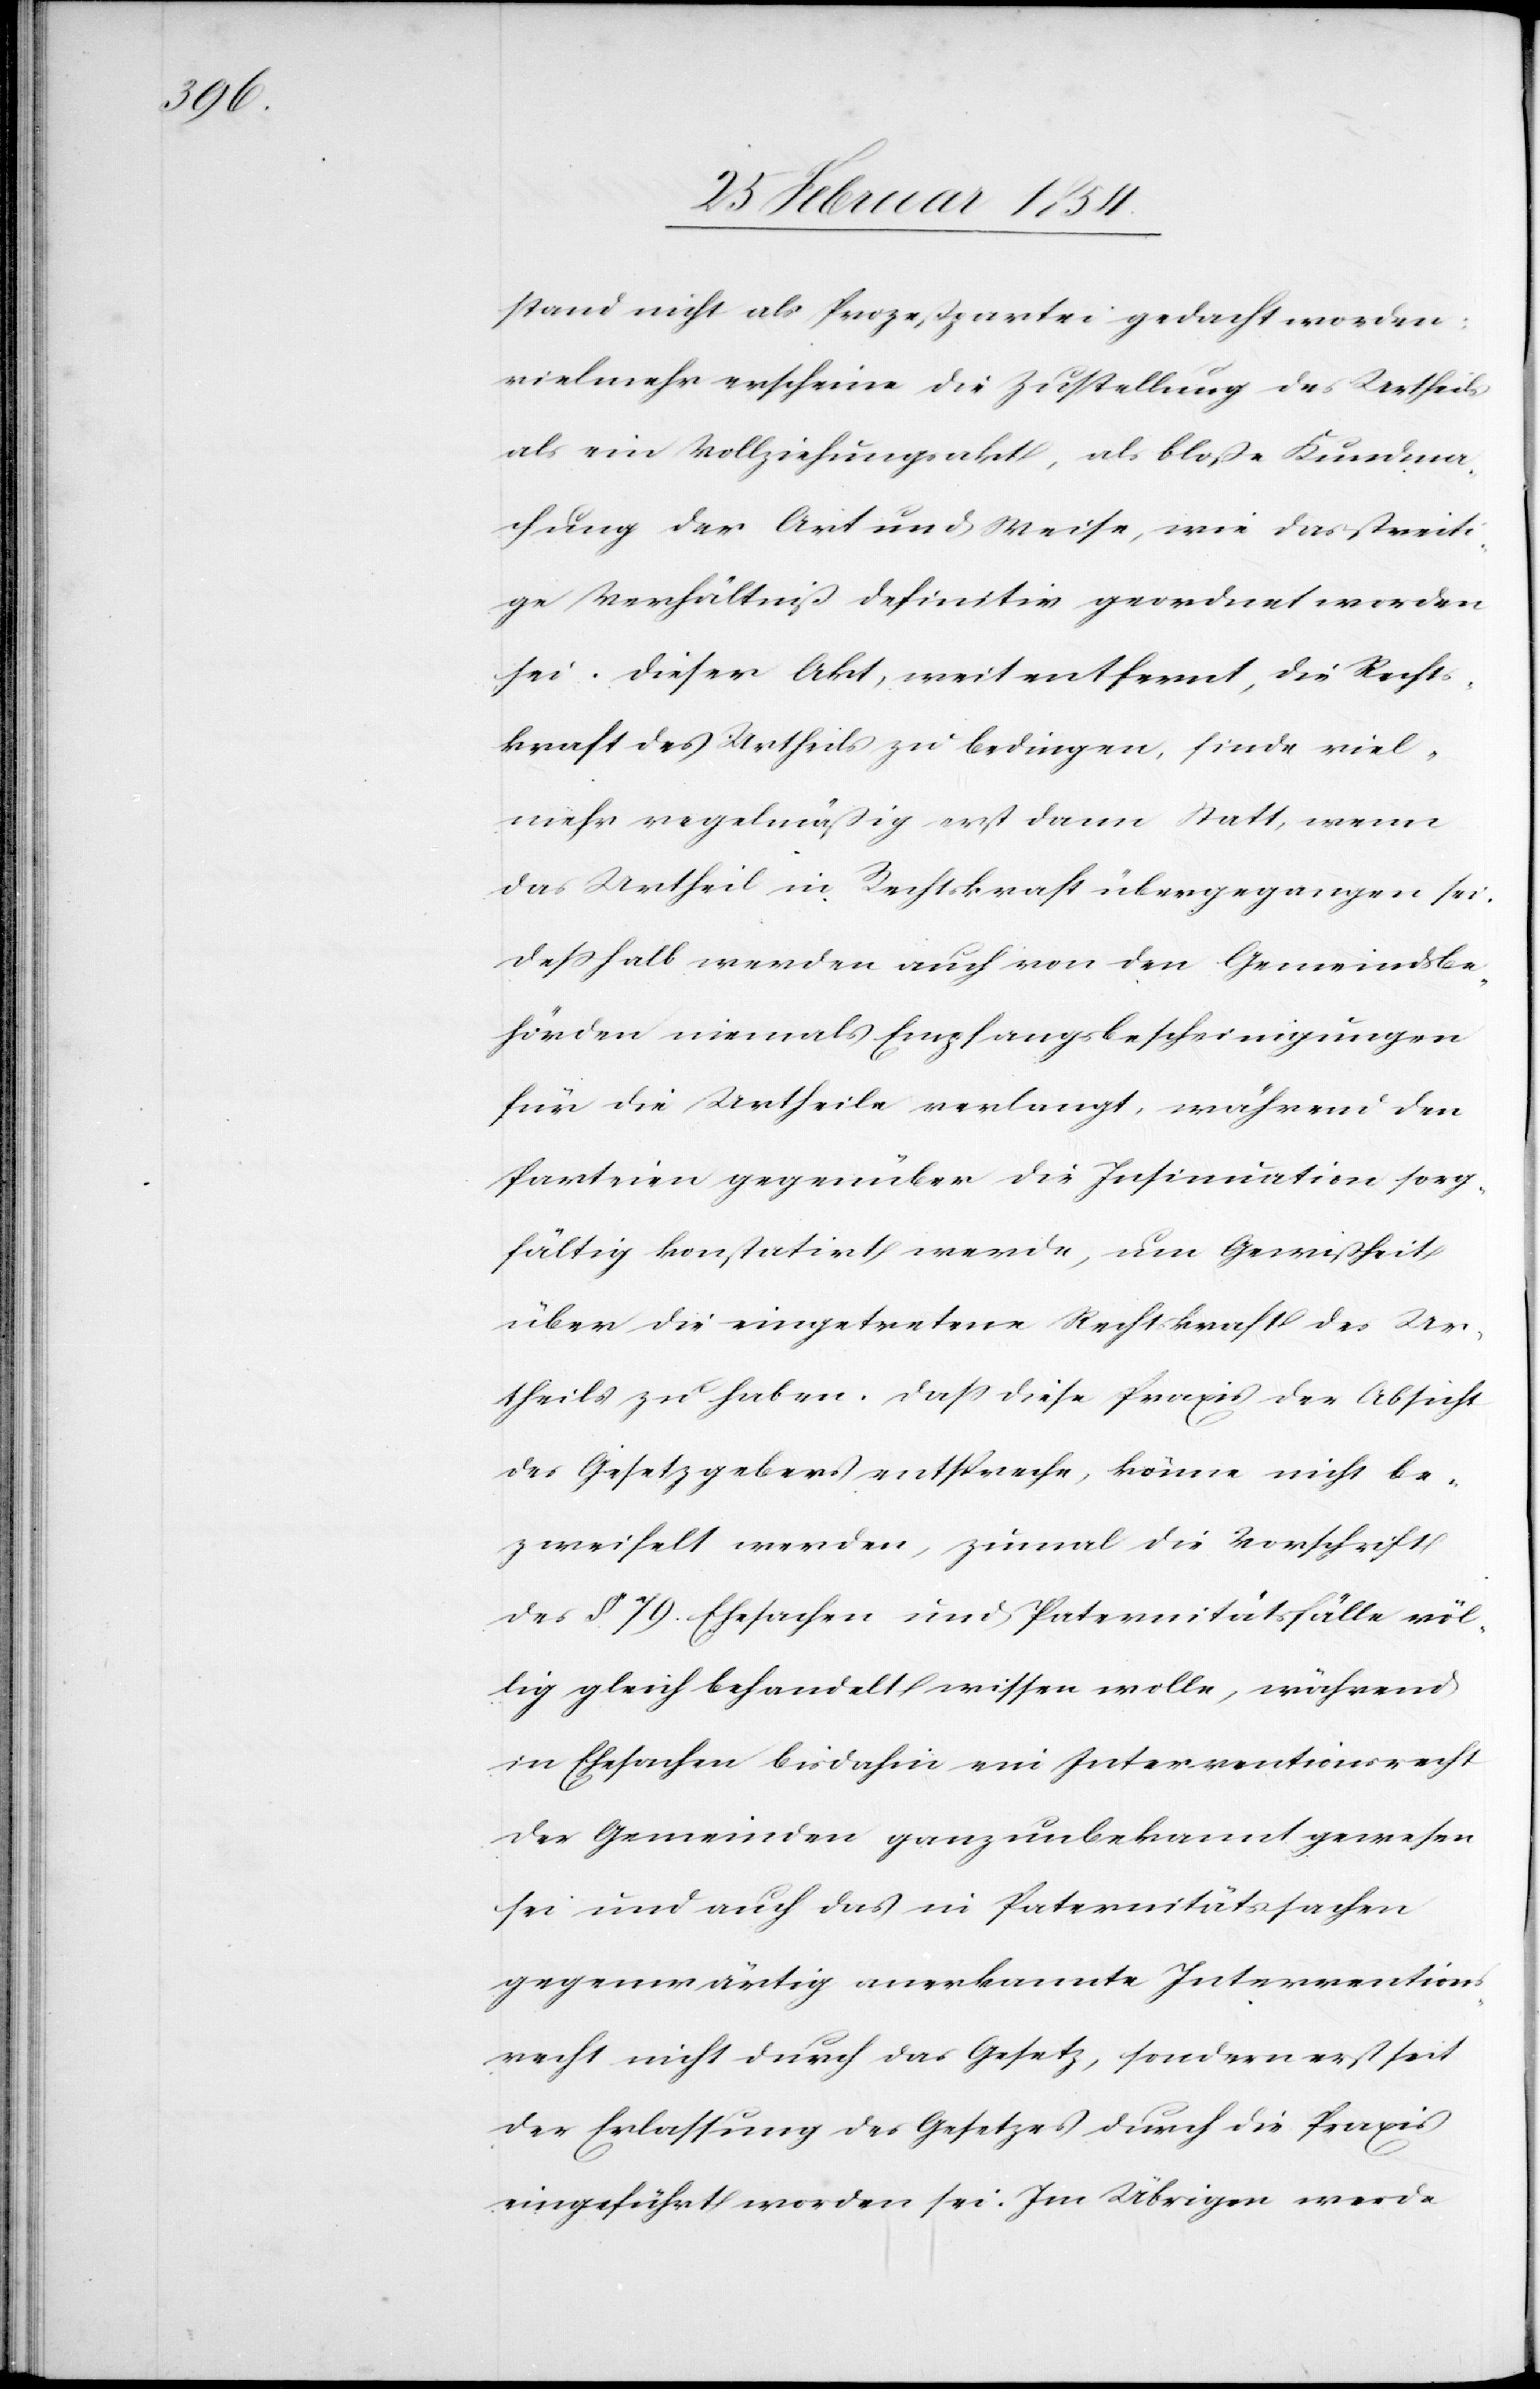
stand nicht als Prozeßpartei gedacht worden;
vielmehr erscheine die Zustellung des Urtheils
als ein Vollziehungsakte, als bloße Kundma¬
chung der Art und Weise, wie das streiti¬
ge Verhältniß definitiv geordnet worden
sei. Dieser Akt, weit entfernt, die Recht¬
skraft des Urtheils zu bedingen, finde viel¬
mehr regelmäßig erst dann Statt, wenn
das Urtheil in Rechtskraft übergegangen sei.
Deßhalb werden auch von den Gemeindsbe¬
hörden niemals Empfangsbescheinigungen
für die Urtheile verlangt, während den
Parteien gegenüber die Insinuation sorg¬
fältig konstatirt werde, um Gewißheit
über die eingetretene Rechtskraft des Ur¬
theils zu haben. Daß diese Praxis der Absicht
des Gesetzgebens entspreche, könne nicht be¬
zweifelt werden, zumal die Vorschrift
des §. 79. Ehesachen und Paternitätsfälle völ¬
lig gleich behandelt wissen wolle, während
in Ehesachen bis dahin ein Interventionsrecht
der Gemeinden ganz unbekannt gewesen
sei und auch das in Paternitätssachen
gegenwärtig anerkannte Interventions¬
recht nicht durch das Gesetz, sondern erst seit
der Erlassung des Gesetzes durch die Praxis
eingeführt worden sei. Im Übrigen werde